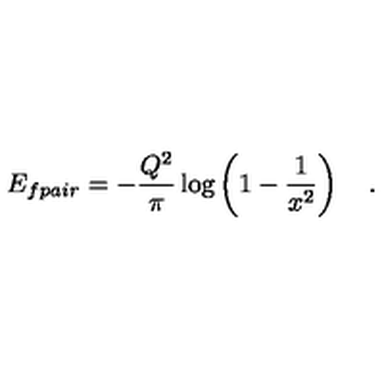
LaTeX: E _ { f p a i r } = - \frac { Q ^ { 2 } } { \pi } \log \left( 1 - \frac { 1 } { x ^ { 2 } } \right) \quad .